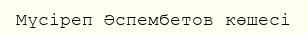
Мүсіреп Әспембетов көшесі